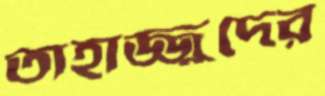
তাহাজ্জুদের